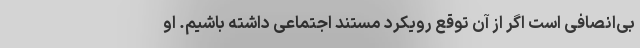
بی‌انصافی است اگر از آن توقع رویکرد مستند اجتماعی داشته باشیم. او